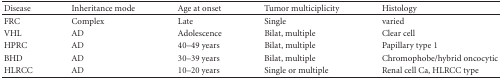
| Disease | Inheritance mode | Age at onset | Tumor multiciplicity | Histology |
 | --- | --- | --- | --- | --- |
 | FRC | Complex | Late | Single | varied |
 | VHL | AD | Adolescence | Bilat, multiple | Clear cell |
 | HPRC | AD | 40–49 years | Bilat, multiple | Papillary type 1 |
 | BHD | AD | 30–39 years | Bilat, multiple | Chromophobe/hybrid oncocytic |
 | HLRCC | AD | 10–20 years | Single or multiple | Renal cell Ca, HLRCC type |